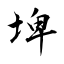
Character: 埤